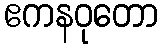
ဧကနဝုတော